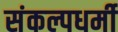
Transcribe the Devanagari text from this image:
संकल्पधर्मी